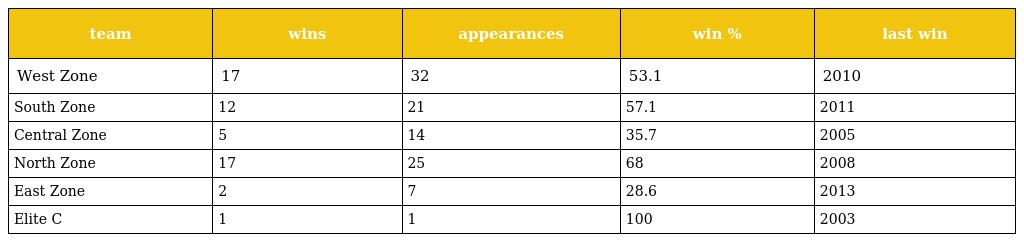
| team | wins | appearances | win % | last win |
 | --- | --- | --- | --- | --- |
 | West Zone | 17 | 32 | 53.1 | 2010 |
 | South Zone | 12 | 21 | 57.1 | 2011 |
 | Central Zone | 5 | 14 | 35.7 | 2005 |
 | North Zone | 17 | 25 | 68 | 2008 |
 | East Zone | 2 | 7 | 28.6 | 2013 |
 | Elite C | 1 | 1 | 100 | 2003 |